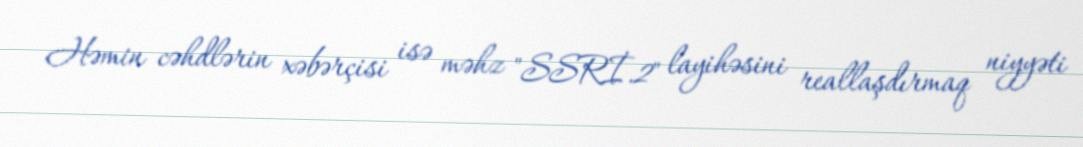
Həmin cəhdlərin xəbərçisi isə məhz "SSRİ.2" layihəsini reallaşdırmaq niyyəti